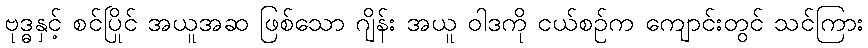
ဗုဒ္ဓနှင့် စင်ပြိုင် အယူအဆ ဖြစ်သော ဂျိန်း အယူ ဝါဒကို ငယ်စဉ်က ကျောင်းတွင် သင်ကြား